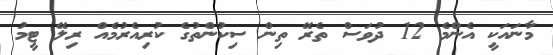
މާނައަކީ އެންމެ 12 ދުވަސް ތެރޭ ތިން ސިކުންތުގެ ކުރިއެރުމެެއް ރިލޭ ޓީމު